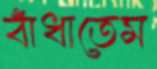
বাঁধাতেম